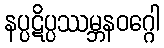
နပ္ပဋိပ္ပဿမ္ဘနဝဂ္ဂေါ